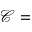
\mathcal { C } =